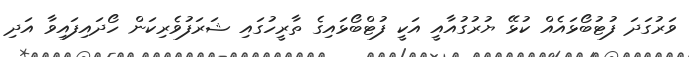
ވަރުގަދަ ފުޓުބޯޅައެއް ކުޅޭ ޔުރުގުއާއީ އަކީ ފުޓްބޯޅައިގެ ތާރީހުގައި ޝަރަފުވެރިކަން ހޯދައިފައިވާ އަދި